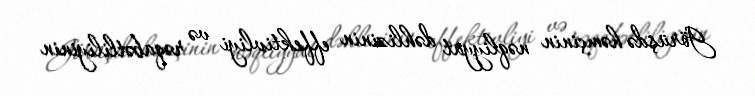
Görüşdə həmçinin nəqliyyat dəhlizinin effektivliyi və rəqabətliliyinin